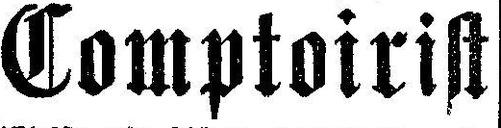
Comptoirist